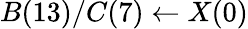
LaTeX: B(13)/C(7)\leftarrow X(0)